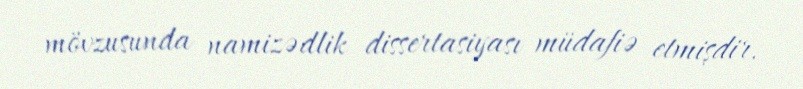
mövzusunda namizədlik dissertasiyası müdafiə etmişdir.